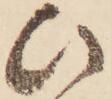
ひ